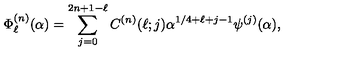
\Phi _ { \ell } ^ { ( n ) } ( \alpha ) = \sum _ { j = 0 } ^ { 2 n + 1 - \ell } C ^ { ( n ) } ( \ell ; j ) \alpha ^ { 1 / 4 + \ell + j - 1 } \psi ^ { ( j ) } ( \alpha ) ,